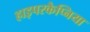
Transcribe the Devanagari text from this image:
हाइपरकैप्निया